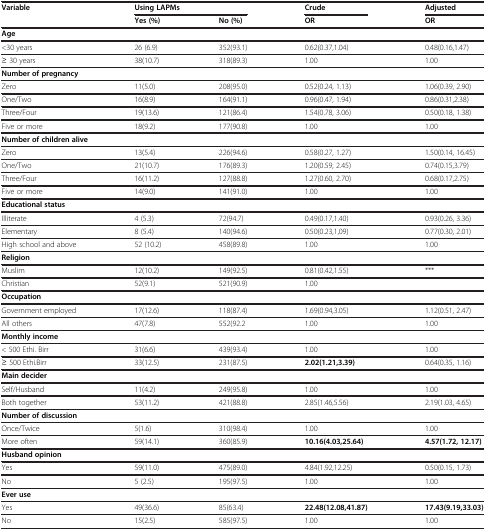
<table><thead><tr><td rowspan="2"><b>Variable</b></td><td colspan="2"><b>Using LAPMs</b></td><td><b>Crude</b></td><td><b>Adjusted</b></td></tr><tr><td><b>Yes (%)</b></td><td><b>No (%)</b></td><td><b>OR</b></td><td><b>OR</b></td></tr></thead><tbody><tr><td colspan="5"><b>Age</b></td></tr><tr><td>&lt;30 years</td><td>26 (6.9)</td><td>352(93.1)</td><td>0.62(0.37,1.04)</td><td>0.48(0.16,1.47)</td></tr><tr><td>≥ 30 years</td><td>38(10.7)</td><td>318(89.3)</td><td>1.00</td><td>1.00</td></tr><tr><td colspan="5"><b>Number of pregnancy</b></td></tr><tr><td>Zero</td><td>11(5.0)</td><td>208(95.0)</td><td>0.52(0.24, 1.13)</td><td>1.06(0.39, 2.90)</td></tr><tr><td>One/Two</td><td>16(8.9)</td><td>164(91.1)</td><td>0.96(0.47, 1.94)</td><td>0.86(0.31,2.38)</td></tr><tr><td>Three/Four</td><td>19(13.6)</td><td>121(86.4)</td><td>1.54(0.78, 3.06)</td><td>0.50(0.18, 1.38)</td></tr><tr><td>Five or more</td><td>18(9.2)</td><td>177(90.8)</td><td>1.00</td><td>1.00</td></tr><tr><td colspan="5"><b>Number of children alive</b></td></tr><tr><td>Zero</td><td>13(5.4)</td><td>226(94.6)</td><td>0.58(0.27, 1.27)</td><td>1.50(0.14, 16.45)</td></tr><tr><td>One/Two</td><td>21(10.7)</td><td>176(89.3)</td><td>1.20(0.59, 2.45)</td><td>0.74(0.15,3.79)</td></tr><tr><td>Three/Four</td><td>16(11.2)</td><td>127(88.8)</td><td>1.27(0.60, 2.70)</td><td>0.68(0.17,2.75)</td></tr><tr><td>Five or more</td><td>14(9.0)</td><td>141(91.0)</td><td>1.00</td><td>1.00</td></tr><tr><td colspan="5"><b>Educational status</b></td></tr><tr><td>Illiterate</td><td>4 (5.3)</td><td>72(94.7)</td><td>0.49(0.17,1.40)</td><td>0.93(0.26, 3.36)</td></tr><tr><td>Elementary</td><td>8 (5.4)</td><td>140(94.6)</td><td>0.50(0.23,1,09)</td><td>0.77(0.30, 2.01)</td></tr><tr><td>High school and above</td><td>52 (10.2)</td><td>458(89.8)</td><td>1.00</td><td>1.00</td></tr><tr><td><b>Religion</b></td><td> </td><td> </td><td> </td><td> </td></tr><tr><td>Muslim</td><td>12(10.2)</td><td>149(92.5)</td><td>0.81(0.42,1.55)</td><td>***</td></tr><tr><td>Christian</td><td>52(9.1)</td><td>521(90.9)</td><td>1.00</td><td> </td></tr><tr><td><b>Occupation</b></td><td> </td><td> </td><td> </td><td> </td></tr><tr><td>Government employed</td><td>17(12.6)</td><td>118(87.4)</td><td>1.69(0.94,3.05)</td><td>1.12(0.51, 2.47)</td></tr><tr><td>All others</td><td>47(7.8)</td><td>552(92.2</td><td>1.00</td><td>1.00</td></tr><tr><td><b>Monthly income</b></td><td> </td><td> </td><td> </td><td> </td></tr><tr><td>&lt; 500 Ethi. Birr</td><td>31(6.6)</td><td>439(93.4)</td><td>1.00</td><td>1.00</td></tr><tr><td>≥ 500 Ethi.Birr</td><td>33(12.5)</td><td>231(87.5)</td><td><b>2.02(1.21,3.39)</b></td><td>0.64(0.35, 1.16)</td></tr><tr><td><b>Main decider</b></td><td> </td><td> </td><td> </td><td> </td></tr><tr><td>Self/Husband</td><td>11(4.2)</td><td>249(95.8)</td><td>1.00</td><td>1.00</td></tr><tr><td>Both together</td><td>53(11.2)</td><td>421(88.8)</td><td>2.85(1.46,5.56)</td><td>2.19(1.03, 4.65)</td></tr><tr><td><b>Number of discussion</b></td><td> </td><td> </td><td> </td><td> </td></tr><tr><td>Once/Twice</td><td>5(1.6)</td><td>310(98.4)</td><td>1.00</td><td>1.00</td></tr><tr><td>More often</td><td>59(14.1)</td><td>360(85.9)</td><td><b>10.16(4.03,25.64)</b></td><td><b>4.57(1.72, 12.17)</b></td></tr><tr><td><b>Husband opinion</b></td><td> </td><td> </td><td> </td><td> </td></tr><tr><td>Yes</td><td>59(11.0)</td><td>475(89.0)</td><td>4.84(1.92,12.25)</td><td>0.50(0.15, 1.73)</td></tr><tr><td>No</td><td>5 (2.5)</td><td>195(97.5)</td><td>1.00</td><td>1.00</td></tr><tr><td><b>Ever use</b></td><td> </td><td> </td><td> </td><td> </td></tr><tr><td>Yes</td><td>49(36.6)</td><td>85(63.4)</td><td><b>22.48(12.08,41.87)</b></td><td><b>17.43(9.19,33.03)</b></td></tr><tr><td>No</td><td>15(2.5)</td><td>585(97.5)</td><td>1.00</td><td>1.00</td></tr></tbody></table>